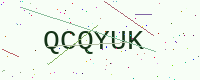
Text: QCQYUK